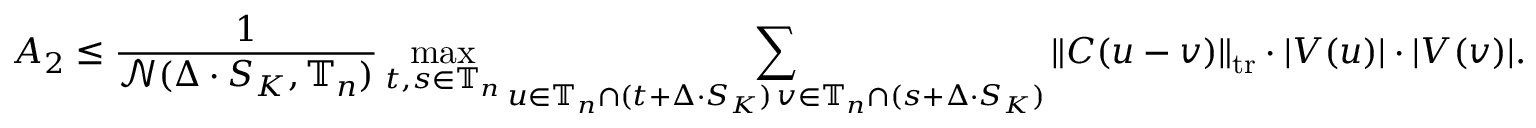
A _ { 2 } \leq \frac { 1 } { \mathcal { N } ( \Delta \cdot S _ { K } , \mathbb { T } _ { n } ) } \operatorname* { m a x } _ { t , s \in \mathbb { T } _ { n } } \sum _ { \substack { u \in \mathbb { T } _ { n } \cap ( t + \Delta \cdot S _ { K } ) \, v \in \mathbb { T } _ { n } \cap ( s + \Delta \cdot S _ { K } ) } } \| C ( u - v ) \| _ { \mathrm { t r } } \cdot | V ( u ) | \cdot | V ( v ) | .